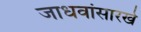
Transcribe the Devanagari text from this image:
जाधवांसारखे